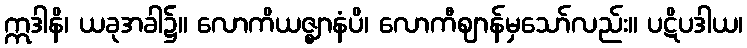
ဣဒါနိ၊ ယခုအခါ၌။ လောကိယဇ္ဈာနံပိ၊ လောကီဈာန်မှသော်လည်း။ ပဋိပဒါယ၊